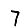
Digit: 7